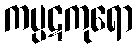
ကပ္ပဋကုရော